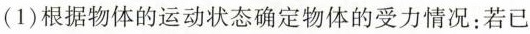
（1）根据物体的运动状态确定物体的受力情况：若已